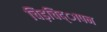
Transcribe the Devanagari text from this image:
चिड़चिद्ापन